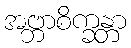
အဗ္ဘာစိက္ခန္တာ